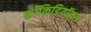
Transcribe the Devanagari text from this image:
कॉकिडियॉड्स